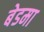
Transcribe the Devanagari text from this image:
बेडमा